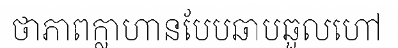
ថាភាពក្លាហានបែបឆាបឆួលហៅ